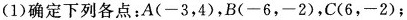
(1)确定下列各点：A(-3，4)，B(-6，-2)，